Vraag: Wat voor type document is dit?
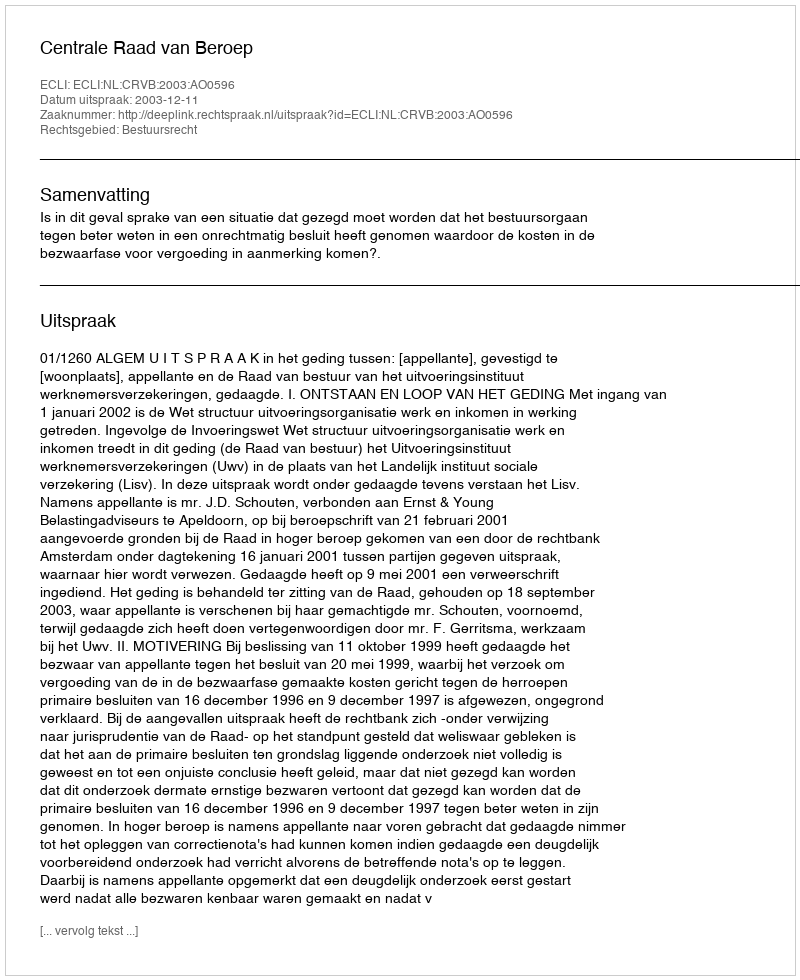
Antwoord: Uitspraak